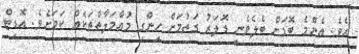
އެވެ. އެންމެ ބޮޑަށް ބެލެވެނީ ޑޮލަރު ގަތުމަށް ހިންގި މުއާމަލާތްތަކެއް ކަމަށެވެ. އޮޑިޓް